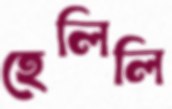
হেলিলি